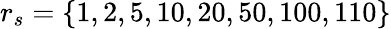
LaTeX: r_{s}=\{ 1,2,5,10,20,50,100,110\}